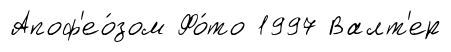
Апоф'ео́зом Фо́то 1997 Валт'ер